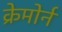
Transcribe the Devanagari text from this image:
क्रेमोर्न